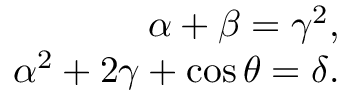
\begin{array} { r } { \alpha + \beta = \gamma ^ { 2 } , } \\ { \alpha ^ { 2 } + 2 \gamma + \cos \theta = \delta . } \end{array}